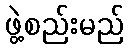
ဖွဲ့စည်းမည်